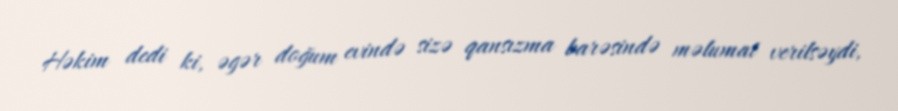
Həkim dedi ki, əgər doğum evində sizə qansızma barəsində məlumat verilsəydi,